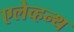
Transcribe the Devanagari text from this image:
एलेव्हन्थ